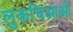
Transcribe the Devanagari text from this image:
लुकचिआओ